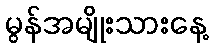
မွန်အမျိုးသားနေ့